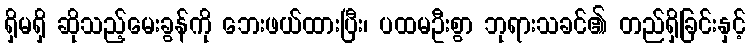
ရှိမရှိ ဆိုသည့်မေးခွန်ကို ဘေးဖယ်ထားပြီး၊ ပထမဦးစွာ ဘုရားသခင်၏ တည်ရှိခြင်းနှင့်